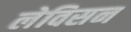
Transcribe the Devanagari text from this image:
लेविसन